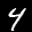
Label: 4